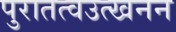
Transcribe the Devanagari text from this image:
पुरातत्वउत्खनन